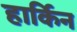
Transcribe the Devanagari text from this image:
हार्किन